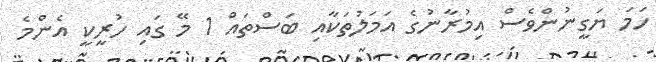
ހަމަ ޔަގީނުންވެސް އިމުރާނުގެ އަމަލުތަކާއި ބަސްތައް 1 މޭ ގައި ހުރީކީ އެންމެ